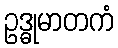
ဥဒ္ဓုမာတကံ